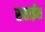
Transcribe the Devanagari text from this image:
सताईस